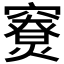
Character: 𥨤